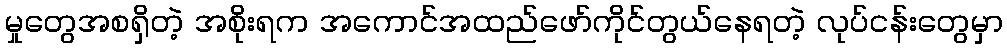
မှုတွေအစရှိတဲ့ အစိုးရက အကောင်အထည်ဖော်ကိုင်တွယ်နေရတဲ့ လုပ်ငန်းတွေမှာ